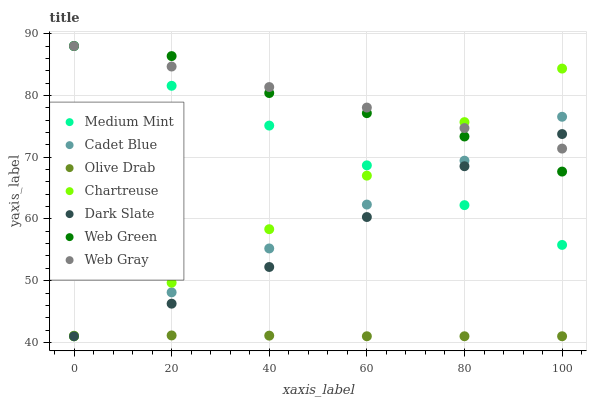
| xaxis_label | Medium Mint | Cadet Blue | Olive Drab | Chartreuse | Dark Slate | Web Green | Web Gray |
 | --- | --- | --- | --- | --- | --- | --- | --- |
 | 0 | 88 | 41 | 41.1 | 41 | 41 | 88 | 88 |
 | 20 | 81.6 | 48.1 | 41.1 | 49.7 | 46.3 | 86.4 | 84.7 |
 | 40 | 75.1 | 55.2 | 41.1 | 58.3 | 52.2 | 80.4 | 81.4 |
 | 60 | 68.7 | 62.3 | 41 | 67 | 60.3 | 77.1 | 78 |
 | 80 | 62.2 | 69.4 | 41 | 75.7 | 68.5 | 73.3 | 74.7 |
 | 100 | 55.8 | 76.5 | 41 | 84.3 | 73.7 | 67.7 | 71.4 |